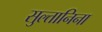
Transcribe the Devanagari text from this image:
सुल्तानिना